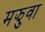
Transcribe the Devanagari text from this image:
मझुवा